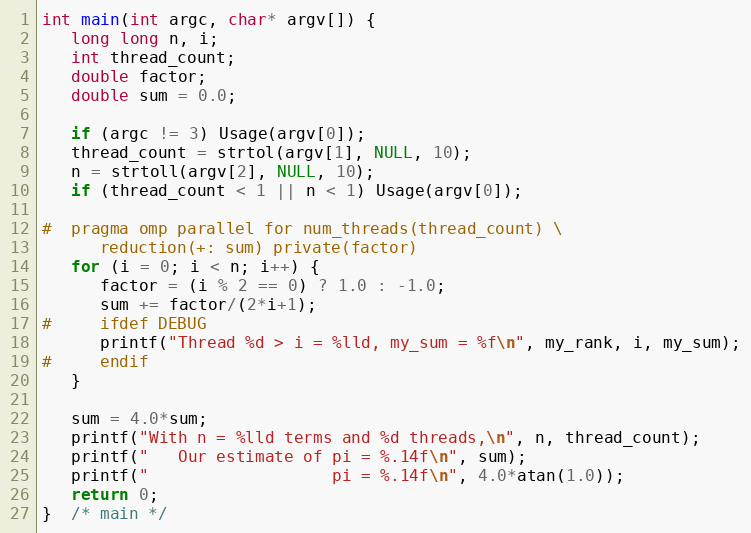
Language: C
int main(int argc, char* argv[]) {
   long long n, i;
   int thread_count;
   double factor;
   double sum = 0.0;

   if (argc != 3) Usage(argv[0]);
   thread_count = strtol(argv[1], NULL, 10);
   n = strtoll(argv[2], NULL, 10);
   if (thread_count < 1 || n < 1) Usage(argv[0]);

#  pragma omp parallel for num_threads(thread_count) \
      reduction(+: sum) private(factor)
   for (i = 0; i < n; i++) {
      factor = (i % 2 == 0) ? 1.0 : -1.0;
      sum += factor/(2*i+1);
#     ifdef DEBUG
      printf("Thread %d > i = %lld, my_sum = %f\n", my_rank, i, my_sum);
#     endif
   }

   sum = 4.0*sum;
   printf("With n = %lld terms and %d threads,\n", n, thread_count);
   printf("   Our estimate of pi = %.14f\n", sum);
   printf("                   pi = %.14f\n", 4.0*atan(1.0));
   return 0;
}  /* main */